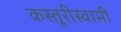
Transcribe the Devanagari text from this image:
कस्तूरीस्वामी